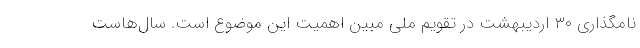
نامگذاری ۳۰ اردیبهشت در تقویم ملی مبین اهمیت این موضوع است. سال‌هاست